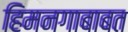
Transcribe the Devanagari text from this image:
हिमनगाबाबत